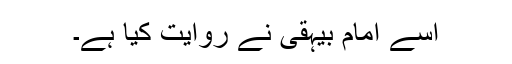
اِسے امام بیہقی نے روایت کیا ہے۔